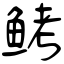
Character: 鲓